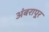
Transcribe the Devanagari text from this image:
अंबरापूर